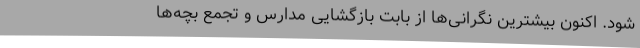
شود. اکنون بیشترین نگرانی‌ها از بابت بازگشایی مدارس و تجمع بچه‌ها